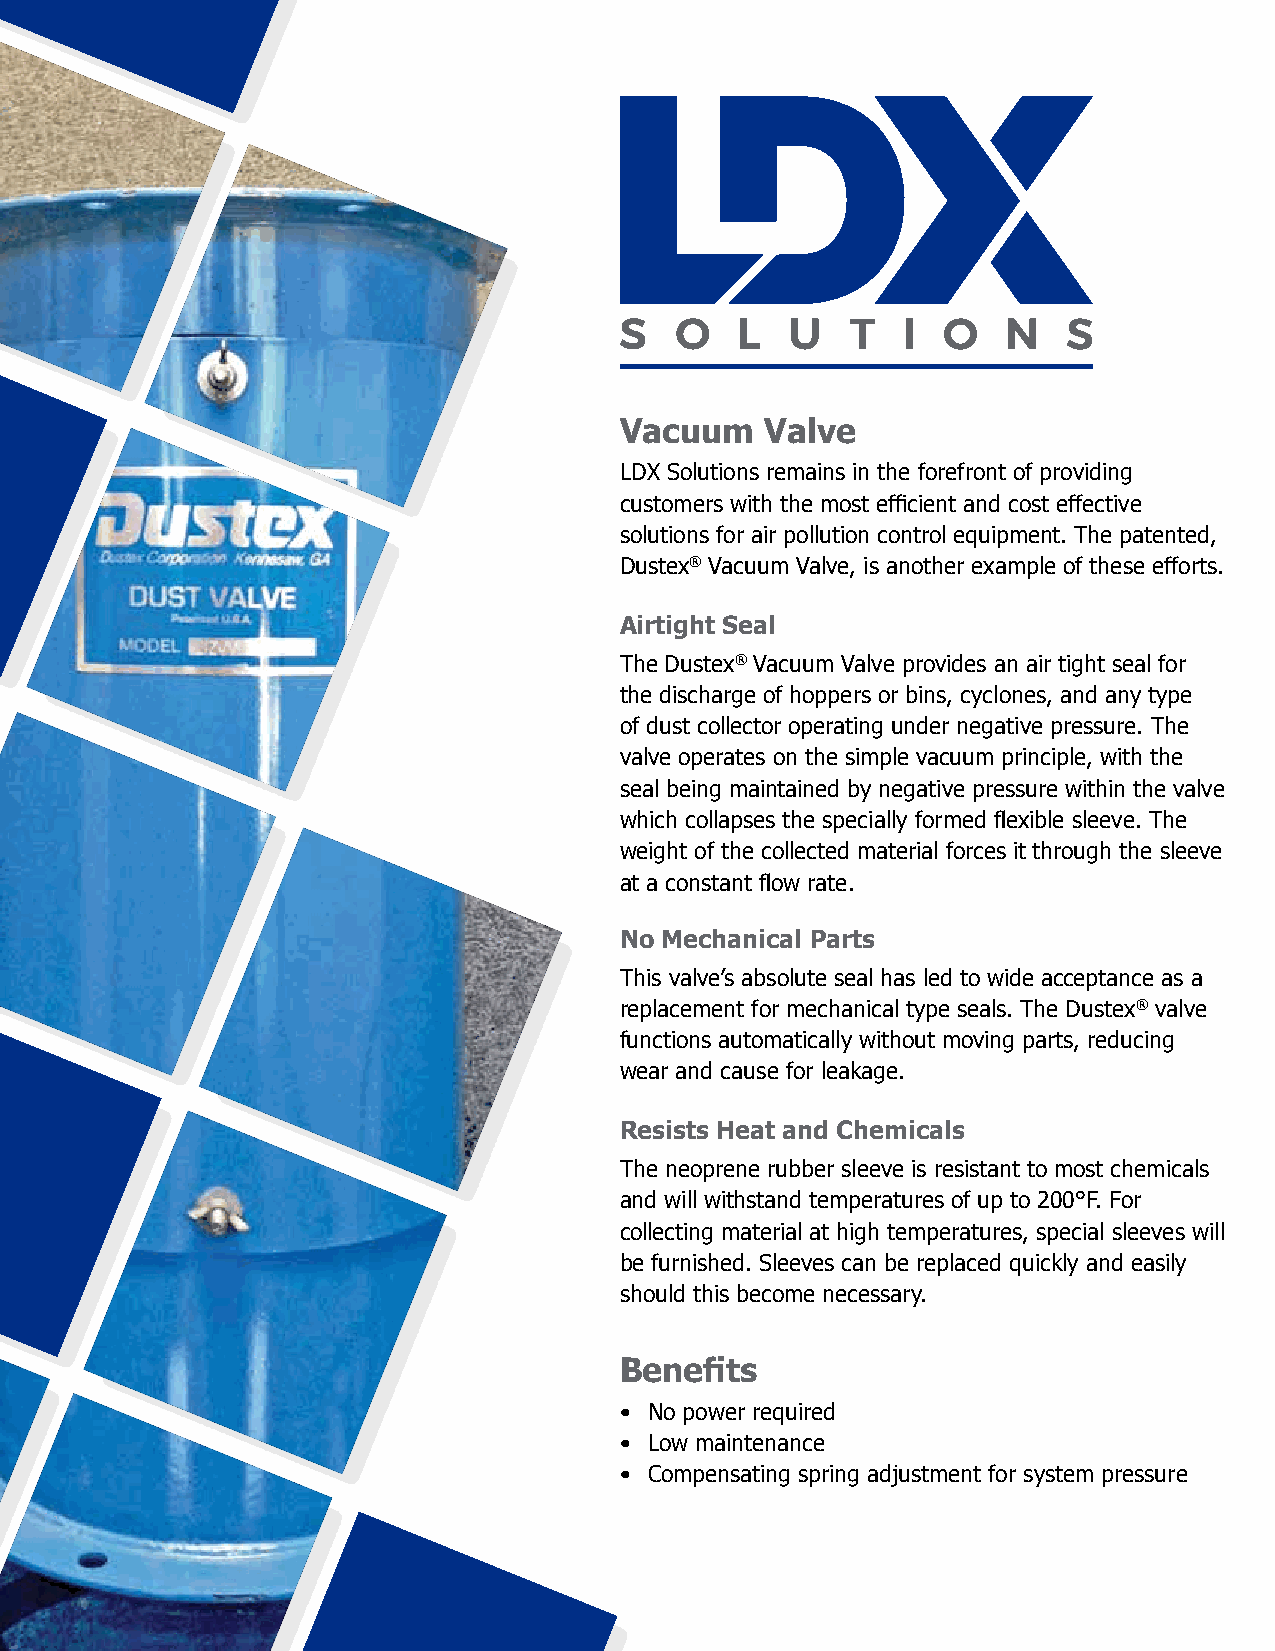
Vacuum    Valve
 LDX Solutions remains in the forefront of providing
 customers with the most efficient and cost effective
 solutions for air pollution control equipment. The patented,
 Dustex® Vacuum Valve, is another example of these efforts.
 Airtight Seal
 The Dustex® Vacuum Valve provides an air tight seal for
 the discharge of hoppers or bins, cyclones, and any type
 of dust collector operating under negative pressure. The
 valve operates on the simple vacuum principle, with the
 seal being maintained by negative pressure within the valve
 which collapses the specially formed flexible sleeve. The
 weight of the collected material forces it through the sleeve
 at a constant flow rate.
 No Mechanical Parts
 This valve’s absolute seal has led to wide acceptance as a
 replacement for mechanical type seals. The Dustex® valve
 functions automatically without moving parts, reducing
 wear and cause for leakage.
 Resists Heat and Chemicals
 The neoprene rubber sleeve is resistant to most chemicals
 and will withstand temperatures of up to 200°F. For
 collecting material at high temperatures, special sleeves will
 be furnished. Sleeves can be replaced quickly and easily
 should this become necessary.
 Benefits
 • No power required
 • Low maintenance
 • Compensating spring adjustment for system pressure